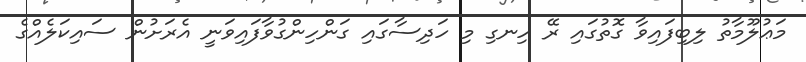
މަޢުލޫމާތު ލިބިފައިވާ ގޮތުގައި ރޭ ހިނގި މި ހަދިސާގައި ގަންހިންގުވާފައިވަނީ އެރަށުން ސައިކަލެއްގެ